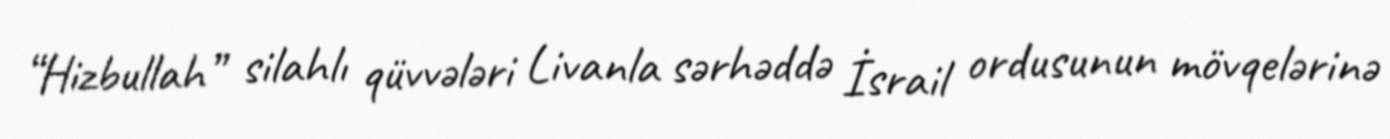
“Hizbullah” silahlı qüvvələri Livanla sərhəddə İsrail ordusunun mövqelərinə